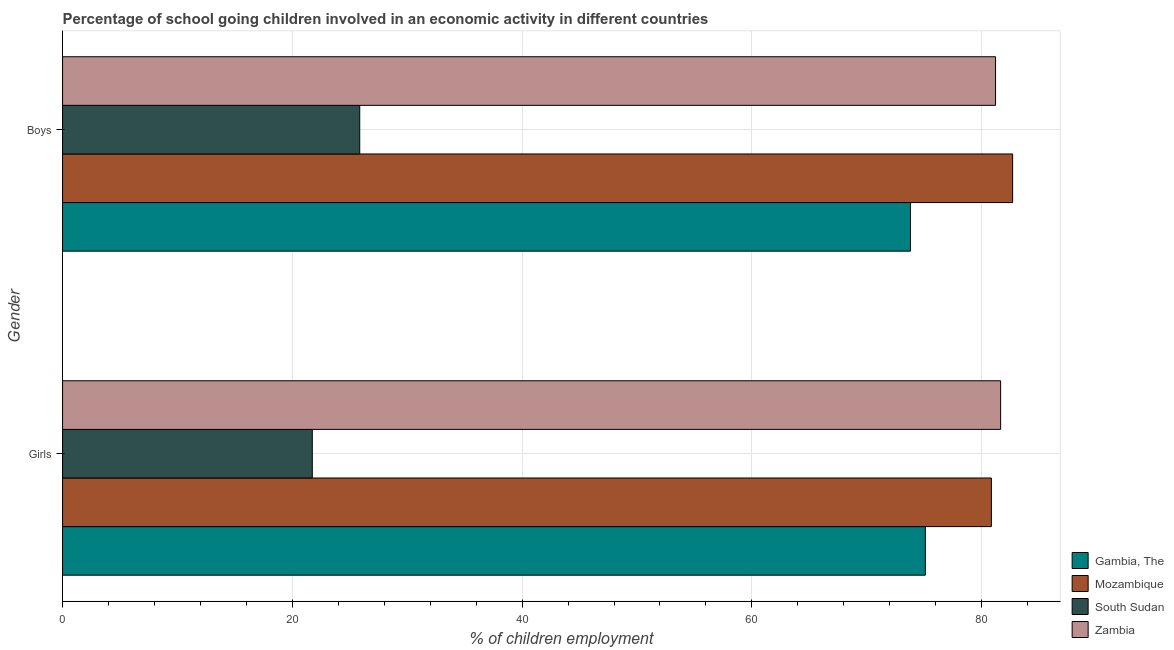
| Gender | Gambia, The | Mozambique | South Sudan | Zambia |
 | --- | --- | --- | --- | --- |
 | Girls | 75.1 | 80.8 | 21.7 | 81.7 |
 | Boys | 73.8 | 82.7 | 25.9 | 81.2 |